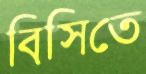
বিসিতে